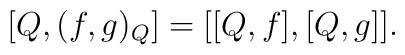
\left[  Q,(f,g)_{Q}\right]  =[[Q,f],[Q,g]].